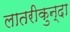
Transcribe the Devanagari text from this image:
लातरीकुन्दा